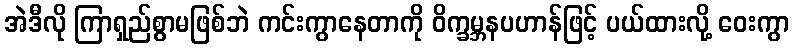
အဲဒီလို ကြာရှည်စွာမဖြစ်ဘဲ ကင်းကွာနေတာကို ဝိက္ခမ္ဘနပဟာန်ဖြင့် ပယ်ထားလို့ ဝေးကွာ